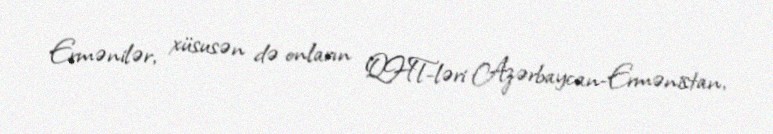
Ermənilər, xüsusən də onların QHT-ləri Azərbaycan-Ermənistan,